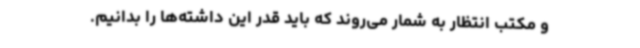
و مکتب انتظار به شمار می‌روند که باید قدر این داشته‌ها را بدانیم.